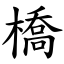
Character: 橋